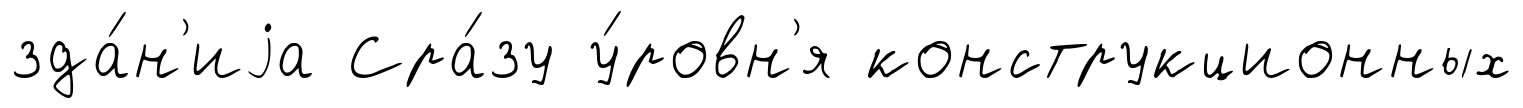
зда́н'иjа Сра́зу у́ровн'я конструкционных